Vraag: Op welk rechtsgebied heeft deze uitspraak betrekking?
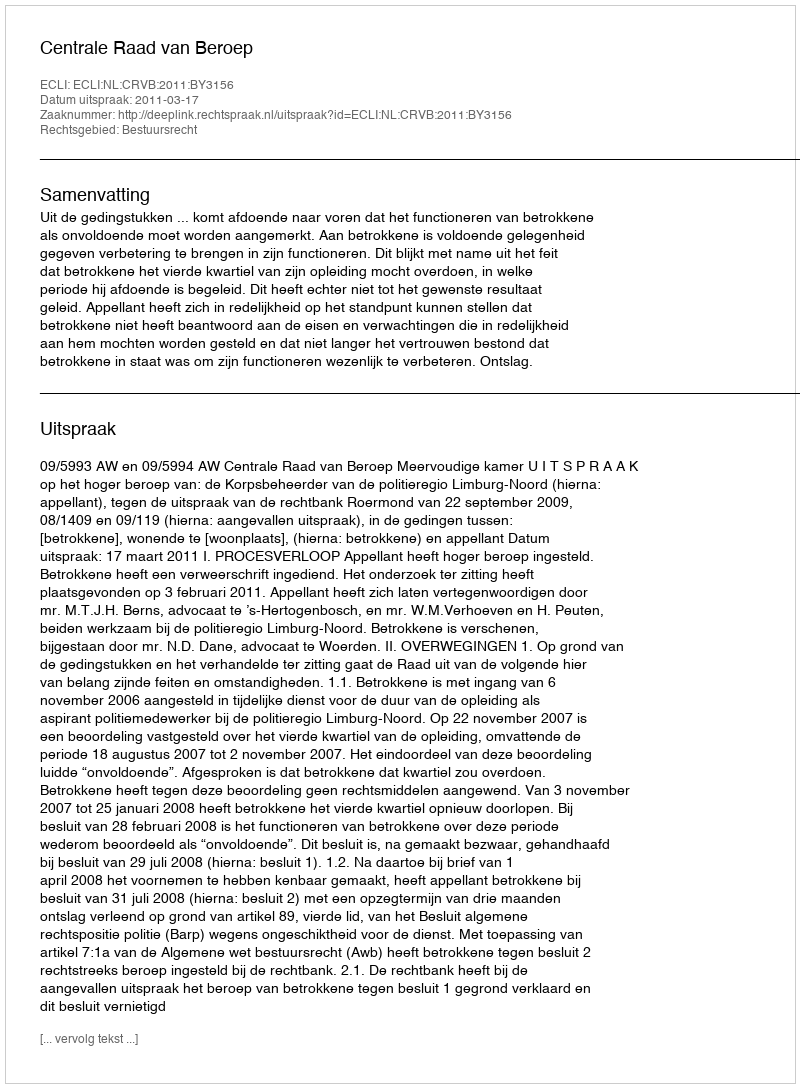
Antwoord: Bestuursrecht